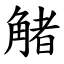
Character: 觰